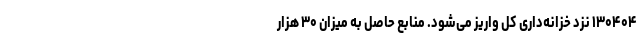
۱۳۰۴۰۴ نزد خزانه‌داری کل واریز می‌شود. منابع حاصل به میزان ۳۰ هزار